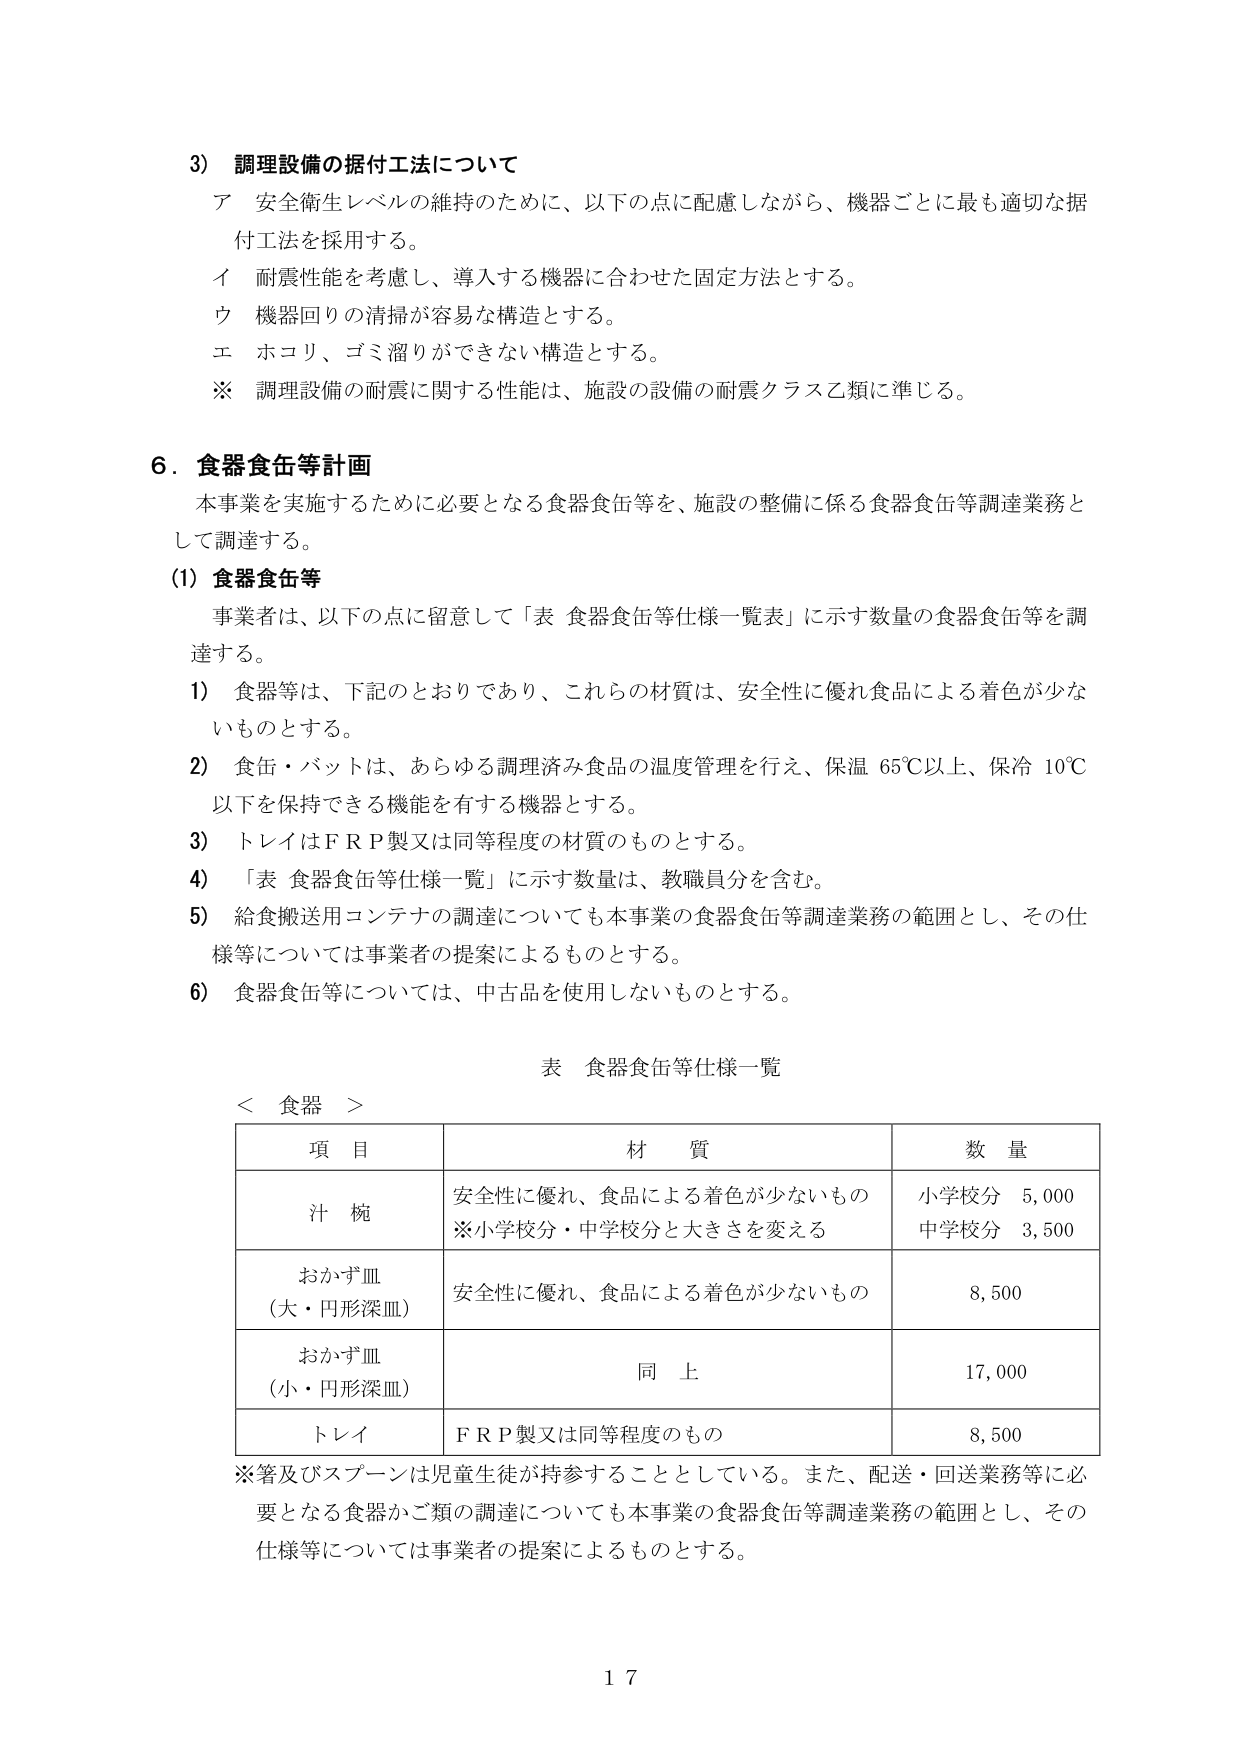
3) 調理設備の据付工法について
ア 安全衛生レベルの維持のために、以下の点に配慮しながら、機器ごとに最も適切な据付工法を採用する。
イ 耐震性能を考慮し、導入する機器に合わせた固定方法とする。
ウ 機器回りの清掃が容易な構造とする。
エ ホコリ、ゴミ溜りができない構造とする。
※ 調理設備の耐震に関する性能は、施設の設備の耐震クラス乙類に準じる。

6. 食器食缶等計画
本事業を実施するために必要となる食器食缶等を、施設の整備に係る食器食缶等調達業務として調達する。

(1) 食器食缶等
事業者は、以下の点に留意して「表 食器食缶等仕様一覧表」に示す数量の食器食缶等を調達する。
1) 食器等は、下記のとおりであり、これらの材質は、安全性に優れ食品による着色が少ないものとする。
2) 食缶・バットは、あらゆる調理済み食品の温度管理を行え、保温 65℃以上、保冷 10℃以下を保持できる機能を有する機器とする。
3) トレイはＦＲＰ製又は同等程度の材質のものとする。
4) 「表 食器食缶等仕様一覧」に示す数量は、教職員分を含む。
5) 給食搬送用コンテナの調達についても本事業の食器食缶等調達業務の範囲とし、その仕様等については事業者の提案によるものとする。
6) 食器食缶等については、中古品を使用しないものとする。

表 食器食缶等仕様一覧
＜ 食器 ＞

| 項 目 | 材 質 | 数 量 |
|--------|--------|--------|
| 汁 梗 | 安全性に優れ、食品による着色が少ないもの<br>※小学校分・中学校分と大きさを変える | 小学校分 5,000<br>中学校分 3,500 |
| おかず皿<br>（大・円形深皿） | 安全性に優れ、食品による着色が少ないもの | 8,500 |
| おかず皿<br>（小・円形深皿） | 同 上 | 17,000 |
| トレイ | ＦＲＰ製又は同等程度のもの | 8,500 |

※箸及びスプーンは児童生徒が持参することとしている。また、配送・回送業務等に必要となる食器かご類の調達についても本事業の食器食缶等調達業務の範囲とし、その仕様等については事業者の提案によるものとする。

17